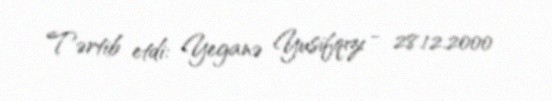
Tərtib etdi: Yeganə Yusifqızı - 28.12.2000